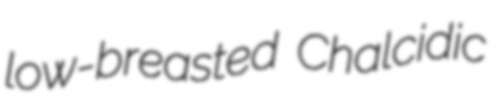
low-breasted Chalcidic